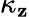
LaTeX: \kappa_{\mathbf{z}}